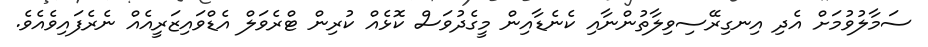
ސަމާލުވުމަށް އެދި އިނގިރޭސިވިލާތުންނާއި ކެނެޑާއިން މީގެދުވަސް ކޮޅެއް ކުރިން ޓްރެވަލް އެޑްވައިޒަރީއެއް ނެރެފައިވެއެވެ.